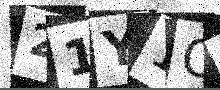
Text: 21Y1O9